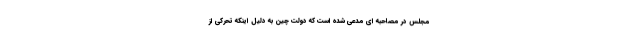
مجلس در مصاحبه ای مدعی شده است که دولت چین به دلیل اینکه تحرکی از